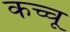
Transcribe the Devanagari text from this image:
कच्चू